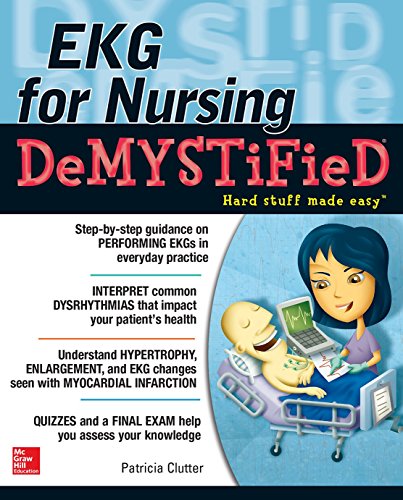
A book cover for EKG's for Nursing Demystified (Demystified Nursing); Pat Clutter; Medical Books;